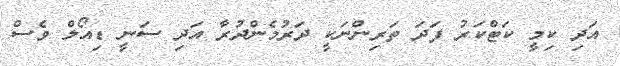
އަދި ކިމީ ކަޓްކަރު ފަދަ ތަރިންނަކީ ދަރުމެންދުރާ އަދި ސަނީ ޑިއޯލް ވެސް